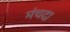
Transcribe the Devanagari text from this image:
मंचदा